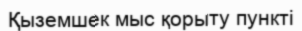
Қыземшек мыс қорыту пункті